Annual report on the working of the mental hospitals in the Madras Presidency - 1912-1932
Year: 1912
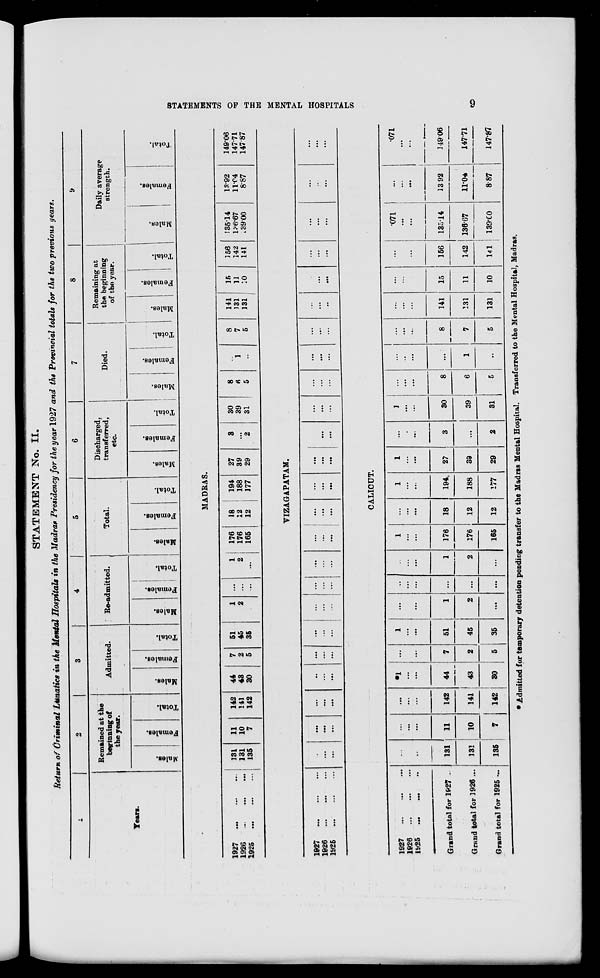
STATEMENTS OF THE MENTAL
HOSPITALS
9
STATEMENT No. II.
Return of Criminal Lunatics in the Mental Hospitals in the Madras Presidency for the year 1927 and the Provincial totals for the two previous years.
1
Years.
2
Remained at the
beginning of
the year.
Males.
Females.
Total.
3
Admitted.
Males.
Females.
Total.
4
Re-admitted.
Males.
Females.
Total.
5
Total.
Males.
Females.
Total.
6
Discharged,
transferred,
etc.
Males.
Females.
Total.
7
Died.
Males.
Females.
Total.
8
Remaining at
the beginning
of the year.
Males.
Females.
Total.
9
Daily average
strength.
Males.
Females.
Total.
MADRAS.
1927
...
...
...
1926
...
...
...
1925
...
...
...
131
131
135
11
10
7
142
141
142
44
43
30
7
2
5
51
45
35
1
2
...
...
...
1
2
...
176
176
165
18
12
12
194
188
177
27
39
29
3
...
2
30
39
31
8
6
5
...
1
...
8
7
5
141
131
131
15
11
10
156
142
141
135.14
136.67
139.00
13.92
11.04
8.87
149.06
147.71
147.87
VIZAGAPATAM.
1927
...
...
...
1926 ... ... ...
1925 ... ... ...
.
...
...
...
...
...
...
...
...
...
...
...
...
...
...
...
...
...
...
...
...
...
...
...
...
...
...
...
...
...
...
...
...
...
...
...
...
...
...
...
...
...
...
...
...
...
...
...
...
...
...
...
...
...
...
...
...
...
...
...
...
...
...
...
...
...
...
...
...
...
...
...
CALICUT.
1927
...
...
...
1926
...
...
...
1925
...
...
...
Grand total for 1927 ...
Grand total for 1926 ...
Grand total for 1925 ...
...
...
...
131
131
135
...
...
...
11
10
7
...
...
...
142
141
142
*1
...
...
44
43
30
...
...
...
7
2
5
1
...
...
51
45
35
...
...
...
1
2
...
...
...
...
...
...
...
... ...
...
1
2
...
1
...
...
176
176
165
...
...
...
18
12
12
1
...
...
194
188
177
1
...
...
27
39
29
...
...
...
3
...
2
1
...
...
30
39
31
...
...
...
8
6
5
...
...
...
...
1
...
...
...
...
8
7
5
...
...
...
141
131
131
...
...
...
15
11
10
...
...
...
156
142
141
.071
...
...
135.14
136.67
139.00
...
...
...
13.92
11.04
8.87
.071
...
...
349.06
147.71
147.87
* Admitted for temporary detention pending transfer to the Madras Mental Hospital. Transferred to the Mental Hospital, Madras.